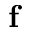
\mathbf { f }